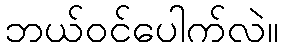
ဘယ်ဝင်ပေါက်လဲ။